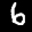
Label: 6